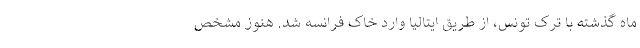
ماه گذشته با ترک تونس، از طریق ایتالیا وارد خاک فرانسه شد. هنوز مشخص